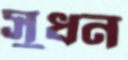
সুধন